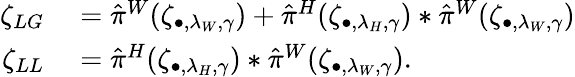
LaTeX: \begin{array}{rl}{\zeta_{LG}}&{{}=\hat{\pi}^{W}(\zeta_{\bullet,\lambda_{W},\gamma})+\hat{\pi}^{H}(\zeta_{\bullet,\lambda_{H},\gamma})*\hat{\pi}^{W}(\zeta_{\bullet,\lambda_{W},\gamma})}\\ {\zeta_{LL}}&{{}=\hat{\pi}^{H}(\zeta_{\bullet,\lambda_{H},\gamma})*\hat{\pi}^{W}(\zeta_{\bullet,\lambda_{W},\gamma}).}\end{array}